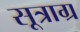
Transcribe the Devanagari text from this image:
सूत्राग्र